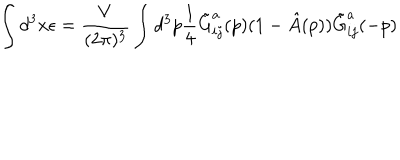
\int d ^ { 3 } x \epsilon = \frac { V } { ( 2 \pi ) ^ { 3 } } \int d ^ { 3 } p \frac { 1 } { 4 } \tilde { G } _ { i j } ^ { a } ( p ) ( 1 - \hat { A } ( p ) ) \tilde { G } _ { i j } ^ { a } ( - p )